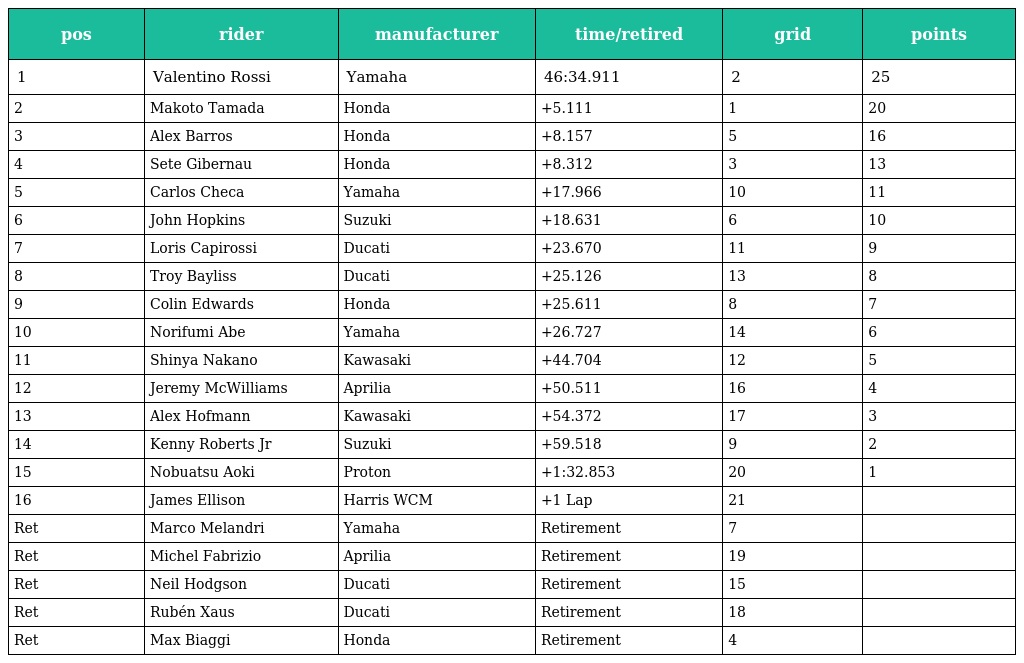
| pos | rider | manufacturer | time/retired | grid | points |
 | --- | --- | --- | --- | --- | --- |
 | 1 | Valentino Rossi | Yamaha | 46:34.911 | 2 | 25 |
 | 2 | Makoto Tamada | Honda | +5.111 | 1 | 20 |
 | 3 | Alex Barros | Honda | +8.157 | 5 | 16 |
 | 4 | Sete Gibernau | Honda | +8.312 | 3 | 13 |
 | 5 | Carlos Checa | Yamaha | +17.966 | 10 | 11 |
 | 6 | John Hopkins | Suzuki | +18.631 | 6 | 10 |
 | 7 | Loris Capirossi | Ducati | +23.670 | 11 | 9 |
 | 8 | Troy Bayliss | Ducati | +25.126 | 13 | 8 |
 | 9 | Colin Edwards | Honda | +25.611 | 8 | 7 |
 | 10 | Norifumi Abe | Yamaha | +26.727 | 14 | 6 |
 | 11 | Shinya Nakano | Kawasaki | +44.704 | 12 | 5 |
 | 12 | Jeremy McWilliams | Aprilia | +50.511 | 16 | 4 |
 | 13 | Alex Hofmann | Kawasaki | +54.372 | 17 | 3 |
 | 14 | Kenny Roberts Jr | Suzuki | +59.518 | 9 | 2 |
 | 15 | Nobuatsu Aoki | Proton | +1:32.853 | 20 | 1 |
 | 16 | James Ellison | Harris WCM | +1 Lap | 21 |  |
 | Ret | Marco Melandri | Yamaha | Retirement | 7 |  |
 | Ret | Michel Fabrizio | Aprilia | Retirement | 19 |  |
 | Ret | Neil Hodgson | Ducati | Retirement | 15 |  |
 | Ret | Rubén Xaus | Ducati | Retirement | 18 |  |
 | Ret | Max Biaggi | Honda | Retirement | 4 |  |